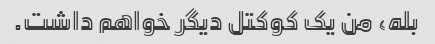
بله، من یک کوکتل دیگر خواهم داشت.